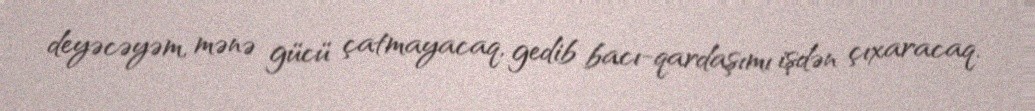
deyəcəyəm, mənə gücü çatmayacaq, gedib bacı-qardaşımı işdən çıxaracaq.